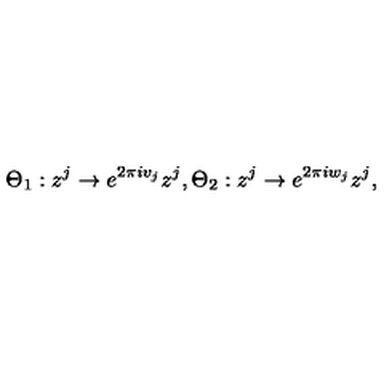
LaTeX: \Theta _ { 1 } : z ^ { j } \rightarrow e ^ { 2 \pi i v _ { j } } z ^ { j } , \Theta _ { 2 } : z ^ { j } \rightarrow e ^ { 2 \pi i w _ { j } } z ^ { j } ,